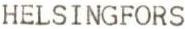
HELSINGFORS